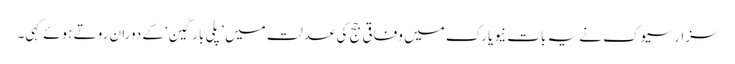
سزار سیوک نے یہ بات نیویارک میں وفاقی جج کی عدلت میں ’پلی بارگین‘ کے دوران روتے ہوئے کہی۔